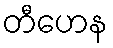
တီဟေန